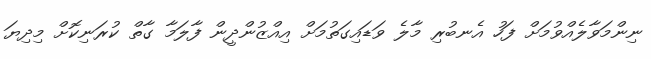
ނިންމަވާލެއްވުމަށް ފަހު އެނބުރި މާލެ ވަޑައިގަތުމަށް އިއްޒުންދީން ފާލަމާ ގާތް ކުރަނިކޮށް މިދިޔަ